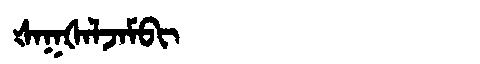
Manchu: ᡧᠠᡴᡧᠠᠯᠵᠠᠮᠪᡳ
Romanization: ŠAKŠALJAMBI